Annual vaccination report of Bihar and Orissa - 1911-1928
Year: 1911
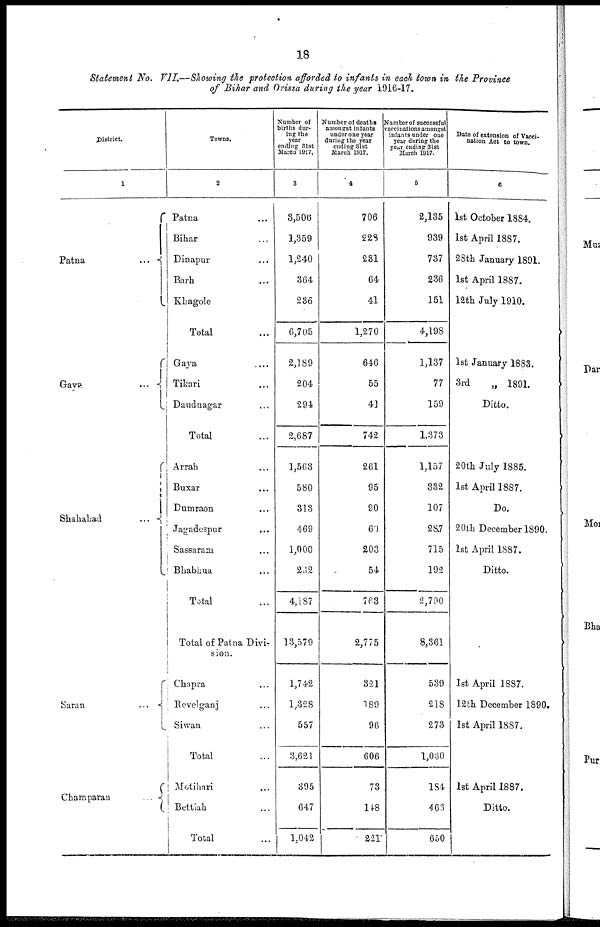
18
Statement No. VII.—Showing the protection afforded to infants in each town in the Province
of Bihar and Orissa during the year 1916-17.
District.
1
Patna...
...
...
Gaya
...
...
Shahabad...
...
...
Saran...
...
Champaran...
...
Towns.
2
Patna... ...
Bihar... ...
Dinapur... ...
Barh... ...
Khagole... ...
Total...
Gaya
...
...
Tikari ... ...
Daudnagar... ...
Total...
Arrah... ...
Buxar... ...
Dumraon... ...
Jagadespur... ...
Sassaram... ...
Bhabhua... ...
Total...
Total of Patna Divi-
sion.
Chapra... ...
Revelganj... ...
Siwan
Total... ...
Motihari... ...
Bettiah... ...
Total...
Number of
births dur-
ing the
year
ending 31st
March 1917.
3
3,506
1,359
1,240
364
236
6,705
2,189
204
294
2,687
1,563
580
313
469
1,000
262
4,137
13,579
1,742
1,328
557
3,621
395
647
1,042
Number of deaths
amongst infants
under one year
during the year
ending 31st
March 1917.
4
706
228
231
64
41
1,270
646
55
41
742
261
95
90
60
203
54
763
2,775
321
189
96
606
73
148
221
Number of successful
vaccinations amongst
infants under one
year during the
year ending 31st
March 1917.
5
2,135
939
737
236
151
4,198
1,137
77
159
1,373
1,157
332
107
287
715
192
2,790
8,361
539
218
273
1,030
184
463
650
Date of extension of Vacci-
nation Act to town.
6
1st October 1884.
1st April 1887.
28th January 1891.
1st April 1887.
12th July 1910.
1st January 1883.
3rd
„ 1891.
Ditto.
20th July 1885.
1st April 1887.
Do.
20th December 1890.
1st April 1887.
Ditto.
1st April 1887.
12th December 1890.
1st April 1887.
1st April 1887.
Ditto.
...